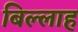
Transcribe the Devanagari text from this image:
बिल्लाह